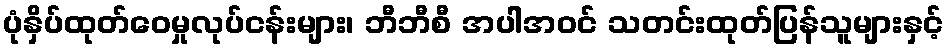
ပုံနှိပ်ထုတ်ဝေမှုလုပ်ငန်းများ၊ ဘီဘီစီ အပါအဝင် သတင်းထုတ်ပြန်သူများနှင့်